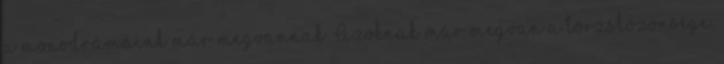
a monodrámáink már megvannak. Azoknak már megvan a törzsközönsége.